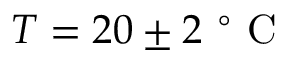
{ T = 2 0 \pm 2 \mathrm { ~ } ^ { \circ } \mathrm { ~ C ~ } }